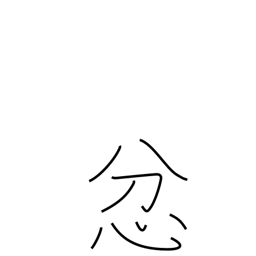
Meaning: be angry